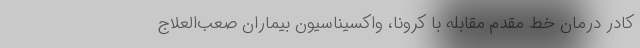
کادر درمان خط مقدم مقابله با کرونا، واکسیناسیون بیماران صعب‌العلاج